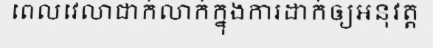
ពេលវេលាជាក់លាក់ក្នុងការដាក់ឲ្យអនុវត្ត